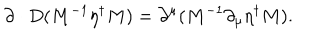
\partial \cdot D ( M ^ { - 1 } \eta ^ { \dagger } M ) = \partial ^ { \mu } ( M ^ { - 1 } \partial _ { \mu } \eta ^ { \dagger } M ) .